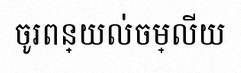
ចូរពន្យល់ចម្លើយ